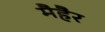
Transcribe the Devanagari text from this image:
मैहैर